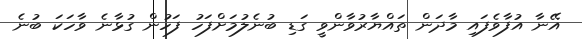
އޭނާ އުފާވެފައި މާދަން ތައްޔާރުވާންވީ ގަޑި ބުނެލުމަށްފަހު ފަހުން ގުޅާނެ ވާހަކަ ބުނެ